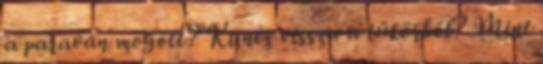
a paraván mögött? Ki néz vissza a tükörből? Mint